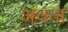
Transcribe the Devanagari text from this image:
अचना